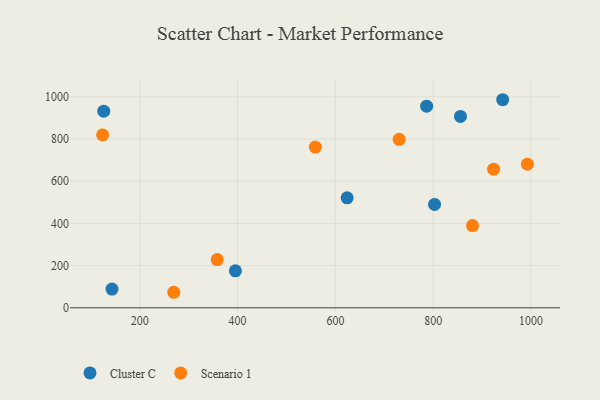
{"axis": {"x": "Experience", "y": "Rating"}, "legend": ["Cluster C", "Scenario 1"], "data": [{"x": "786.6", "y": 955.6, "type": "Cluster C"}, {"x": "395.5", "y": 175.2, "type": "Cluster C"}, {"x": "624.0", "y": 521.1, "type": "Cluster C"}, {"x": "126.3", "y": 931.8, "type": "Cluster C"}, {"x": "855.8", "y": 907.0, "type": "Cluster C"}, {"x": "802.8", "y": 490.2, "type": "Cluster C"}, {"x": "143.2", "y": 88.6, "type": "Cluster C"}, {"x": "942.1", "y": 986.3, "type": "Cluster C"}, {"x": "730.4", "y": 798.8, "type": "Scenario 1"}, {"x": "124.0", "y": 819.5, "type": "Scenario 1"}, {"x": "269.5", "y": 73.6, "type": "Scenario 1"}, {"x": "992.6", "y": 680.8, "type": "Scenario 1"}, {"x": "880.4", "y": 389.7, "type": "Scenario 1"}, {"x": "923.5", "y": 656.9, "type": "Scenario 1"}, {"x": "559.0", "y": 761.7, "type": "Scenario 1"}, {"x": "358.4", "y": 228.5, "type": "Scenario 1"}]}